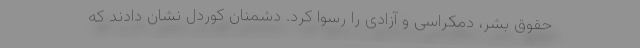
حقوق بشر، دمکراسی و آزادی را رسوا کرد. دشمنان کوردل نشان دادند که